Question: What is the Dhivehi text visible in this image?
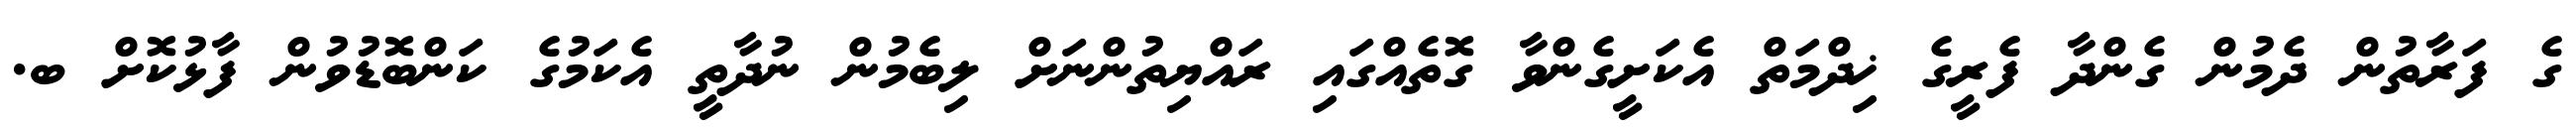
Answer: ގެ ފަރާތުން ދެމުން ގެންދާ ފެރީގެ ޚިދްމަތް އެކަށީގެންވާ ގޮތެއްގައި ރައްޔިތުންނަށް ލިބެމުން ނުދާތީ އެކަމުގެ ކަންބޮޑުވުން ފާޅުކޮށް ބ.